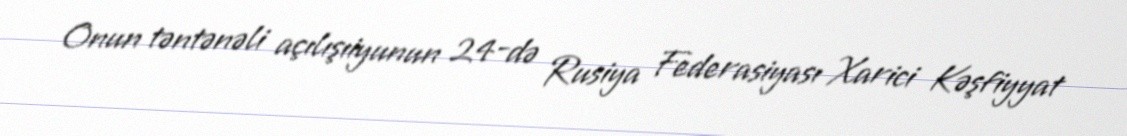
Onun təntənəli açılışıiyunun 24-də Rusiya Federasiyası Xarici Kəşfiyyat